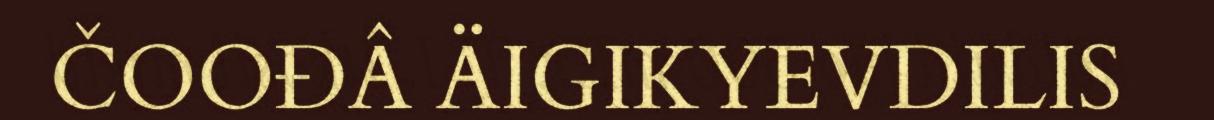
ČOOĐÂ ÄIGIKYEVDILIS